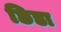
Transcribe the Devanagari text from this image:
छिडा